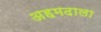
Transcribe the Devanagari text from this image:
अहमदाला